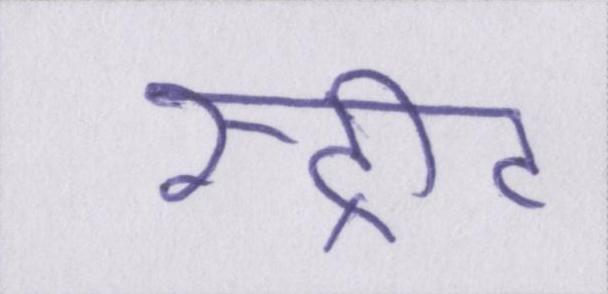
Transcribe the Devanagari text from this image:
स्ट्रीट